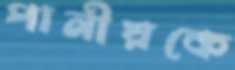
পানীয়কে